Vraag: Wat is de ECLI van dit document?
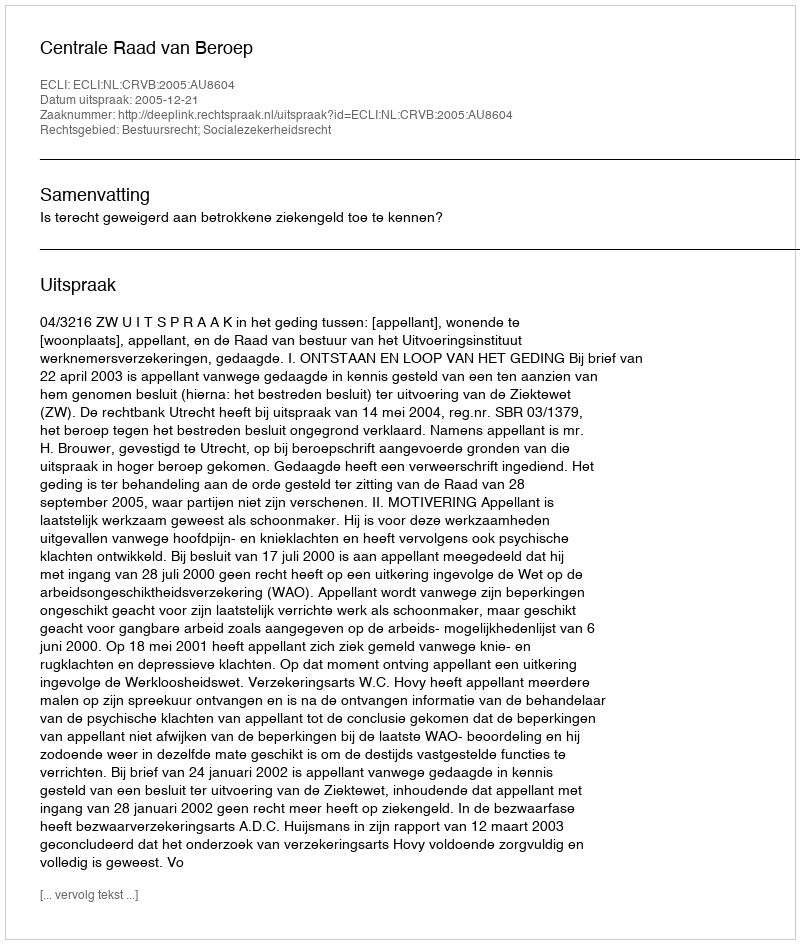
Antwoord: ECLI:NL:CRVB:2005:AU8604